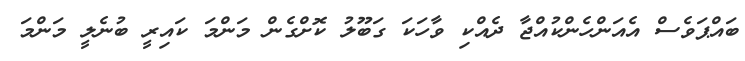
ބައްޕަވެސް އެއަންހެންކުއްޖާ ދެއްކި ވާހަކަ ގަބޫލު ކޮށްގެން މަންމަ ކައިރީ ބުނެލީ މަންމަ